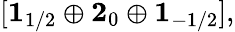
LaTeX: [{\mathbf 1}_{1/2}\oplus{\mathbf 2}_{0}\oplus{\mathbf 1}_{-1/2}],